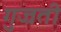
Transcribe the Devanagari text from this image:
गुज्रती